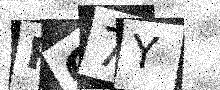
Text: PQ7Y